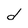
Character: d